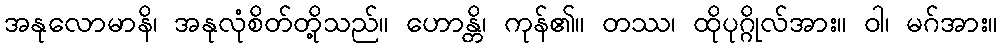
အနုလောမာနိ၊ အနုလုံစိတ်တို့သည်။ ဟောန္တိ၊ ကုန်၏။ တဿ၊ ထိုပုဂ္ဂိုလ်အား။ ဝါ၊ မဂ်အား။